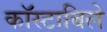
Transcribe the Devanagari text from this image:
काॅस्टाबिले